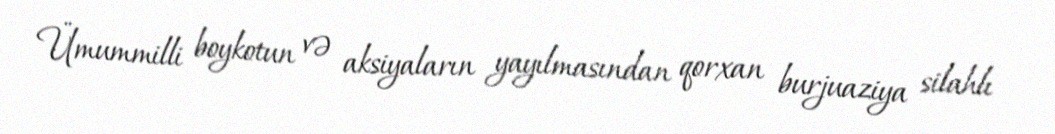
Ümummilli boykotun və aksiyaların yayılmasından qorxan burjuaziya silahlı